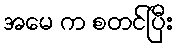
အမေ က စတင်ပြီး